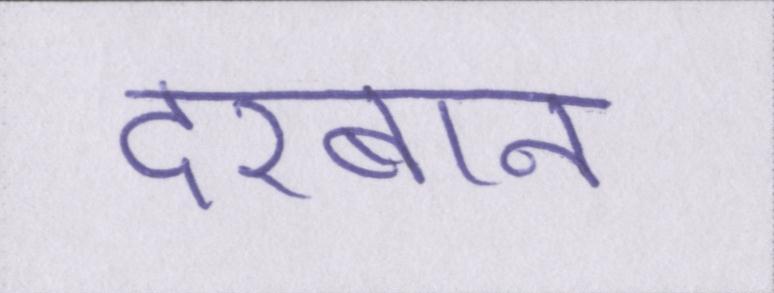
दरबान